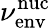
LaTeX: \nu_{\textrm{env}}^{\textrm{nuc}}